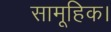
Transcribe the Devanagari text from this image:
सामूहिक।